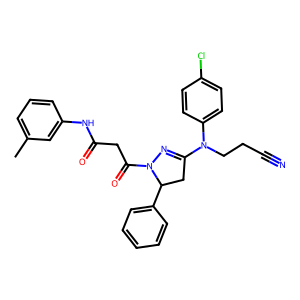
SMILES: Cc1cccc(NC(=O)CC(=O)N2N=C(N(CCC#N)c3ccc(Cl)cc3)CC2c2ccccc2)c1
Inhibits HIV replication: No